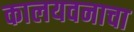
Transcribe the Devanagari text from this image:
कालयवनाचा